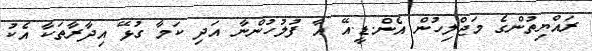
ރައްޔިތުންގެ މަޖްލިހުން އެން.ޑީ.އޭ އާ ފުލުހުންނާ އަދި ކަމާ ގުޅޭ އިދާރާތަކާ އެކު